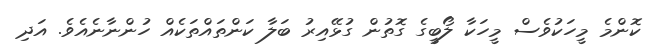
ކޮންމެ މީހަކުވެސް މީހަކާ ލޯބީގެ ގޮތުން ގުޅޭއިރު ބަލާ ކަންތައްތަކެއް ހުންނާނެއެވެ. އަދި